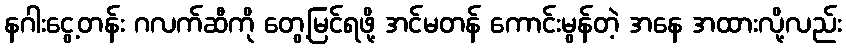
နဂါးငွေ့တန်း ဂလက်ဆီကို တွေ့မြင်ရဖို့ အင်မတန် ကောင်းမွန်တဲ့ အနေ အထားလို့လည်း